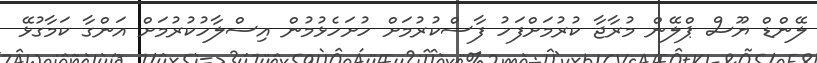
ލޭންޑް ޔޫސް ޕްލޭން މުރާޖާ ކުރުމަށްފަހު ފާސްކުރުމަށް ހުށަހެޅުމުން އިސްލާހުކުރުމަށް އަންގާ ކަމާގުޅޭ